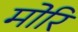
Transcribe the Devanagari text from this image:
मोरि